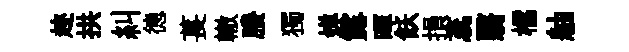
趂拱糾德萇轍賸獨婵露暉飫損蕊翳櫺舳